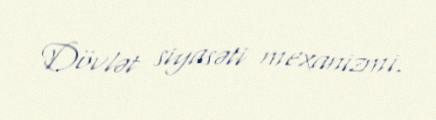
Dövlət siyasəti mexanizmi.